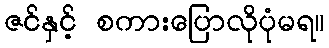
ဇင်နှင့် စကားပြောလိုပုံမရ။